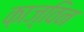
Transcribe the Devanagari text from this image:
क़ाज़्विन